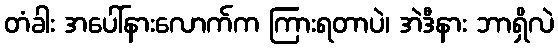
တံခါး အပေါ်နားလောက်က ကြားရတာပဲ၊ အဲဒီနား ဘာရှိလဲ